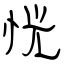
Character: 恍